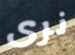
نرى